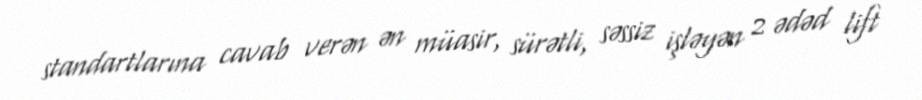
standartlarına cavab verən ən müasir, sürətli, səssiz işləyən 2 ədəd lift